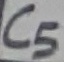
Text: C5